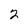
Character: 2